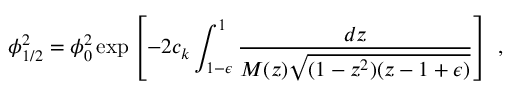
\phi _ { 1 / 2 } ^ { 2 } = \phi _ { 0 } ^ { 2 } \exp \left[ - 2 c _ { k } \int _ { 1 - \epsilon } ^ { 1 } { \frac { d z } { M ( z ) \sqrt { ( 1 - z ^ { 2 } ) ( z - 1 + \epsilon ) } } } \right] \ ,